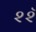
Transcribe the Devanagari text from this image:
२२ॅ